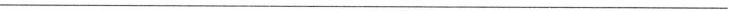
___